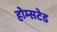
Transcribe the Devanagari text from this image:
होम्सटेड